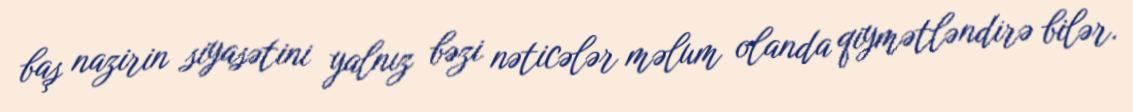
baş nazirin siyasətini yalnız bəzi nəticələr məlum olanda qiymətləndirə bilər.